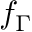
f _ { \Gamma }